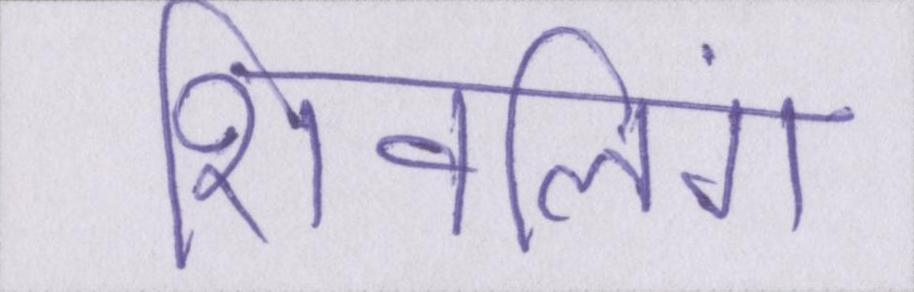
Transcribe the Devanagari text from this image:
शिवलिंग